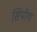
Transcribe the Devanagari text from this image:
सिपॉय